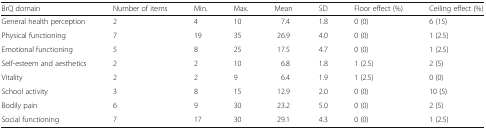
<table><thead><tr><td><b>BrQ domain</b></td><td><b>Number of items</b></td><td><b>Min.</b></td><td><b>Max.</b></td><td><b>Mean</b></td><td><b>SD</b></td><td><b>Floor effect (%)</b></td><td><b>Ceiling effect (%)</b></td></tr></thead><tbody><tr><td>General health perception</td><td>2</td><td>4</td><td>10</td><td>7.4</td><td>1.8</td><td>0 (0)</td><td>6 (15)</td></tr><tr><td>Physical functioning</td><td>7</td><td>19</td><td>35</td><td>26.9</td><td>4.0</td><td>0 (0)</td><td>1 (2.5)</td></tr><tr><td>Emotional functioning</td><td>5</td><td>8</td><td>25</td><td>17.5</td><td>4.7</td><td>0 (0)</td><td>1 (2.5)</td></tr><tr><td>Self-esteem and aesthetics</td><td>2</td><td>2</td><td>10</td><td>6.8</td><td>1.8</td><td>1 (2.5)</td><td>2 (5)</td></tr><tr><td>Vitality</td><td>2</td><td>2</td><td>9</td><td>6.4</td><td>1.9</td><td>1 (2.5)</td><td>0 (0)</td></tr><tr><td>School activity</td><td>3</td><td>8</td><td>15</td><td>12.9</td><td>2.0</td><td>0 (0)</td><td>10 (5)</td></tr><tr><td>Bodily pain</td><td>6</td><td>9</td><td>30</td><td>23.2</td><td>5.0</td><td>0 (0)</td><td>2 (5)</td></tr><tr><td>Social functioning</td><td>7</td><td>17</td><td>30</td><td>29.1</td><td>4.3</td><td>0 (0)</td><td>1 (2.5)</td></tr></tbody></table>